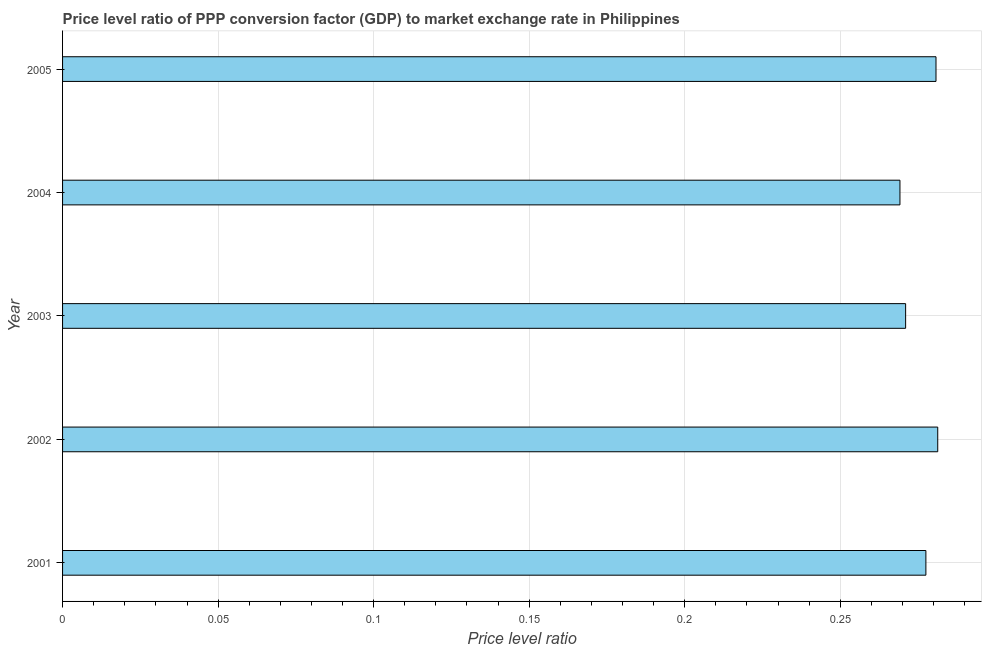
| Year | Price level ratio |
 | --- | --- |
 | 2001 | 0.278 |
 | 2002 | 0.281 |
 | 2003 | 0.271 |
 | 2004 | 0.269 |
 | 2005 | 0.281 |